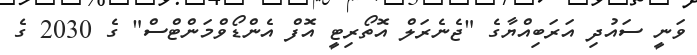
ވަނީ ސައުދި އަރަބިއްޔާގެ "ޖެނެރަލް އޮތޯރިޓީ އޮފް އެންޑޯވްމަންޓްސް" ގެ 2030 ގެ